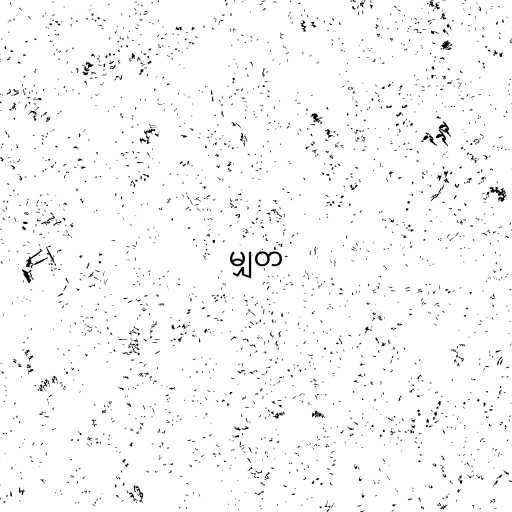
မျှတ